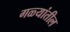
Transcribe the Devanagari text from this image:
गळ्यांतील